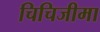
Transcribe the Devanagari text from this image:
चिचिजीमा